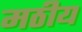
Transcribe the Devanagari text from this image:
मठीय